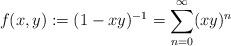
LaTeX: \begin{align*} f(x,y):=(1-xy)^{-1}=\sum_{n=0}^{\infty} (xy)^n\end{align*}